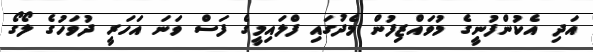
އަދި އެކުންފުނީގެ މުވައްޒިފުން މެދުގައި ފްލައިމީގެ ފަސް ވަނަ އަހަރީ ދުވަހުގެ ލޯގޯ